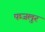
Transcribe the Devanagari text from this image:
फजलुर